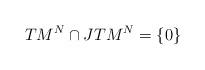
LaTeX: \begin{align*}TM^N\cap JTM^N = \{0\}\end{align*}